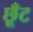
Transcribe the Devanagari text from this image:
छूँट